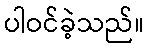
ပါဝင်ခဲ့သည်။